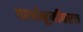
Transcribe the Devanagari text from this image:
पार्श्वभूमीवरच